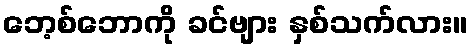
ဘေ့စ်ဘောကို ခင်ဗျား နှစ်သက်လား။